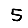
Digit: 5